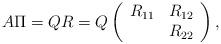
LaTeX: \begin{align*}A \Pi = Q R = Q \left(\begin{array}{cc}R_{11} & R_{12} \\& R_{22}\end{array}\right),\end{align*}